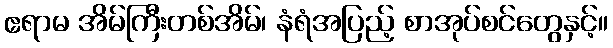
ဧရာမ အိမ်ကြီးတစ်အိမ်၊ နံရံအပြည့် စာအုပ်စင်တွေနှင့်။